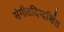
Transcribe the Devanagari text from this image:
संगीतदिग्दर्शित